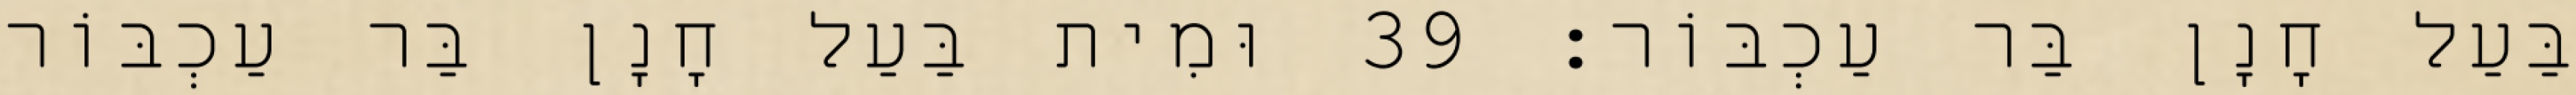
בַּעַל חָנָן בַּר עַכְבּוֹר׃ 39 וּמִית בַּעַל חָנָן בַּר עַכְבּוֹר